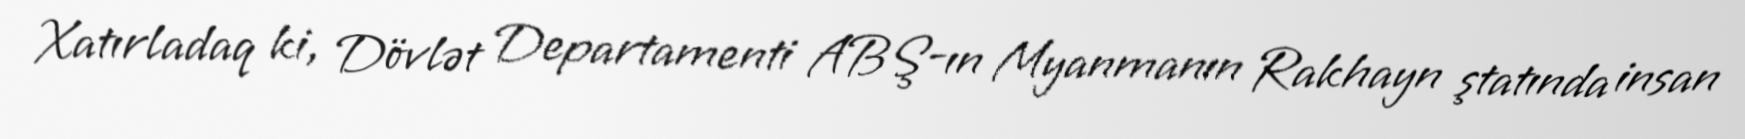
Xatırladaq ki, Dövlət Departamenti ABŞ-ın Myanmanın Rakhayn ştatında insan